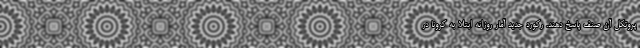
پروتکل آن صنف پاسخ دهند. رکورد جدیدِ آمار روزانه ابتلا به کرونا در